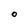
Character: O